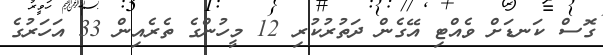
ގޮސް ކަނޑަށް ވެއްޓި އޭގެން ދަތުރުކުރި 12 މީހުންގެ ތެރެއިން 33 އަހަރުގެ